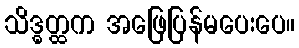
သိဒ္ဓတ္ထက အဖြေပြန်မပေးပေ။